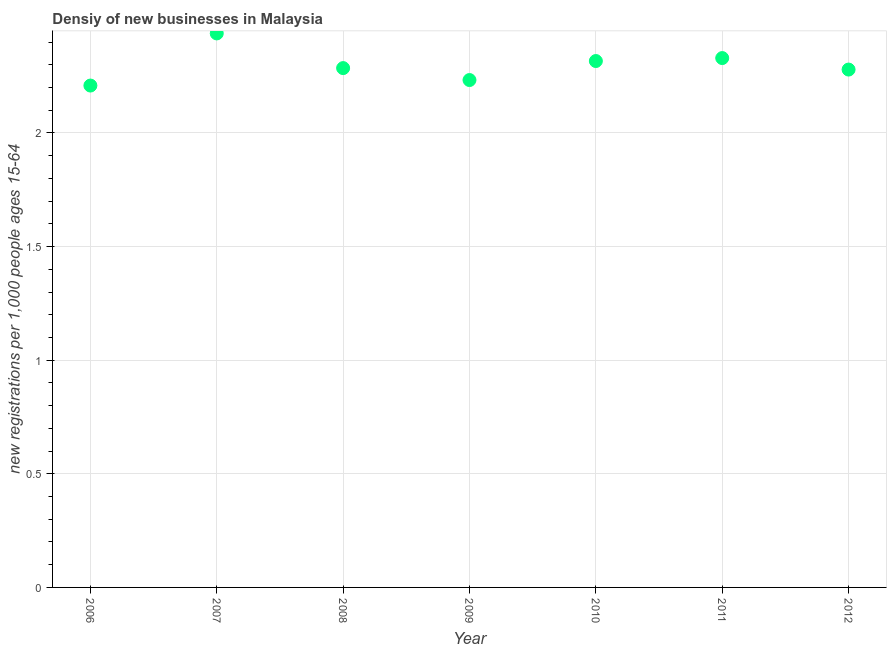
| Year | New business density |
 | --- | --- |
 | 2006 | 2.21 |
 | 2007 | 2.44 |
 | 2008 | 2.29 |
 | 2009 | 2.23 |
 | 2010 | 2.32 |
 | 2011 | 2.33 |
 | 2012 | 2.28 |